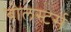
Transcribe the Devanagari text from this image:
बोलस्टर्स